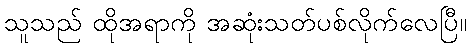
သူသည် ထိုအရာကို အဆုံးသတ်ပစ်လိုက်လေပြီ။